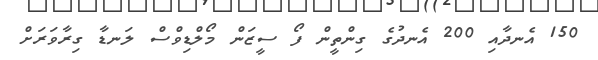
150 އެނދާއި 200 އެނދުގެ ގިންތީން ފޯ ސީޒަން މޯލްޑިވްސް ލަނޑާ ގިރާވަރަށް